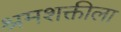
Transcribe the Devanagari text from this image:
श्रमशक्तीला